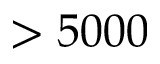
> 5 0 0 0